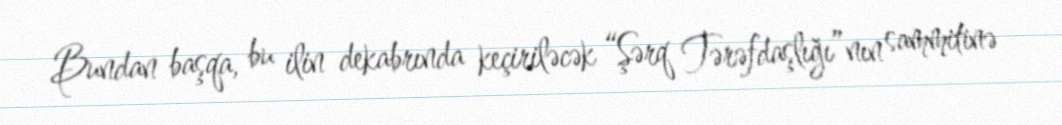
Bundan başqa, bu ilin dekabrında keçiriləcək “Şərq Tərəfdaşlığı”nın sammitinə